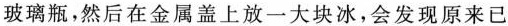
玻璃瓶，然后在金属盖上放一大块冰，会发现原来已